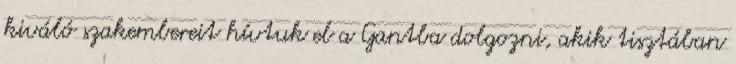
kiváló szakembereit hívtuk el a Gantba dolgozni, akik tisztában